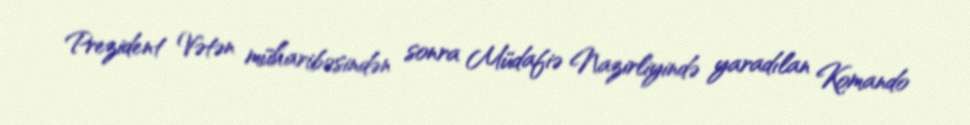
Prezident Vətən müharibəsindən sonra Müdafiə Nazirliyində yaradılan Komando